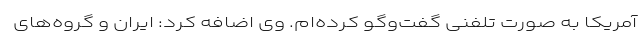
آمریکا به صورت تلفنی گفت‌وگو کرده‌ام. وی اضافه کرد: ایران و گروه‌های